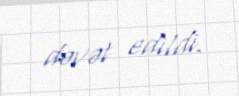
dəvət edildi.